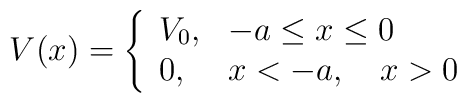
V(x) =   \left\{ \begin{array}{ll}      V_0, & -a \le x \le 0 \\      0, & x < -a,\quad x > 0 \\    \end{array}  \right.